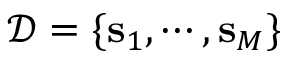
\mathcal { D } = \{ \mathbf { s } _ { 1 } , \cdots , \mathbf { s } _ { M } \}